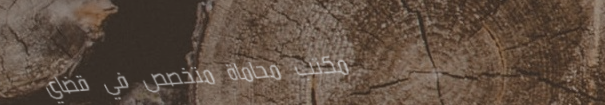
مكتب محاماة متخصص في قضاي